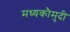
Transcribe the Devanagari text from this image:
मध्यकौमुदी